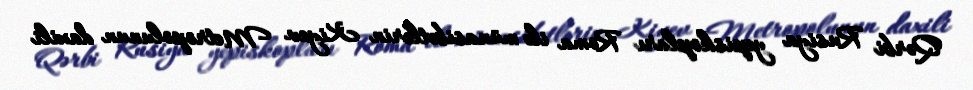
Qərbi Rusiya yepiskopları Roma ilə münasibətlərin Kiyev Metropolunun daxili